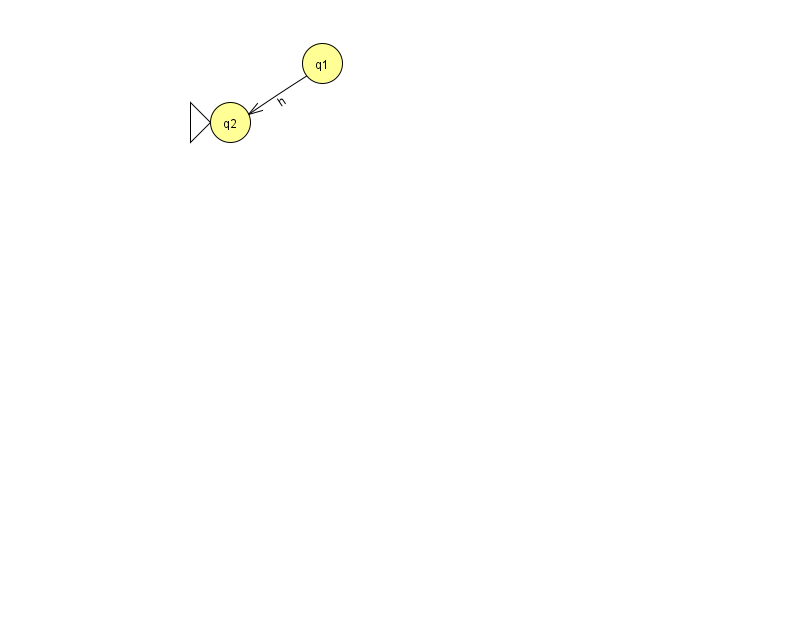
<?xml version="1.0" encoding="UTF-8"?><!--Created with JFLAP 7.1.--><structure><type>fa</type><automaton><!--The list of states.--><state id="1" name="q1"><x>322.0</x><y>50.0</y></state><state id="2" name="q2"><x>230.0</x><y>109.0</y><initial/></state><!--The list of transitions.--><transition><from>1</from><to>2</to><read>h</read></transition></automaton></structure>